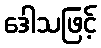
ဒေါသဖြင့်